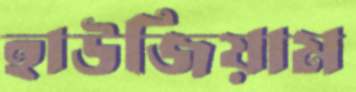
হাউজিয়াম